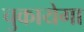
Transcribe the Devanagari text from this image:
चुकायेगा